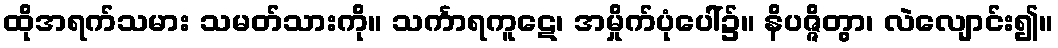
ထိုအရက်သမား သမတ်သားကို။ သင်္ကာရကူဋေ၊ အမှိုက်ပုံပေါ်၌။ နိပဇ္ဇိတွာ၊ လဲလျောင်း၍။